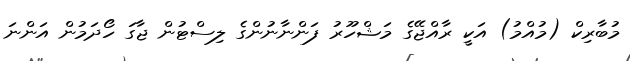
މުބާރިކް (މުއްމު) އަކީ ރާއްޖޭގެ މަޝްހޫރު ފަންނާނުންގެ ލިސްޓުން ޖާގަ ހޯދަމުން އަންނަ